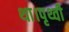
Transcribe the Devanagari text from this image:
था।पृथ्वी